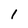
Character: 1